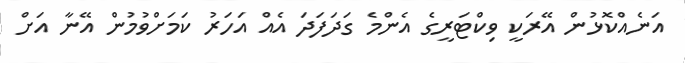
އަނެއްކޮޅުން އޭރަކީ ވިކްޓަރީގެ އެންމެ ގަދަފަދަ އެއް އަހަރު ކަމަށްވުމުން އޭނާ އަށް